Papaver somniferum - Opium : an extract from the sixth volume of the Dictionary of Economic Products of India
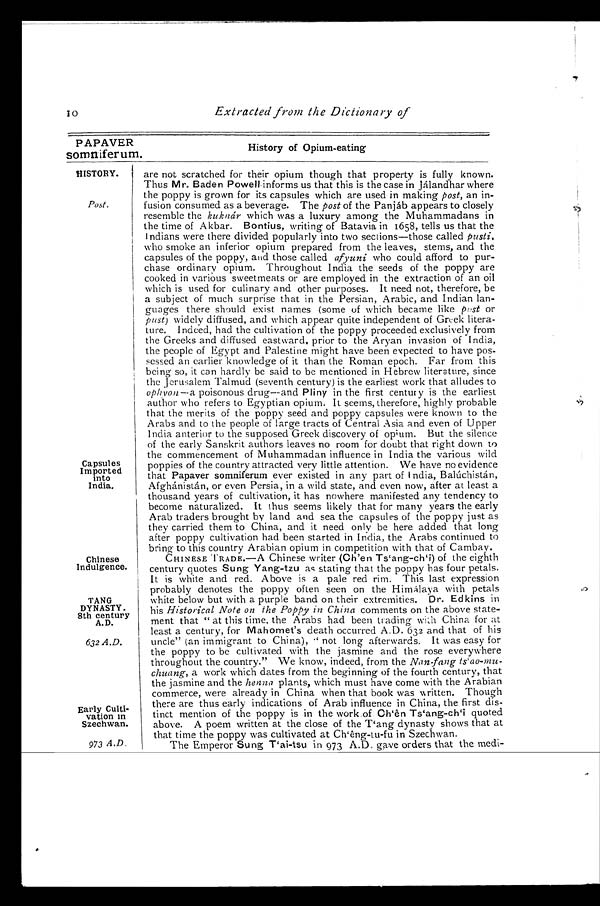
10
Extracted from the Dictionary of
PAPAVER
History of Opium-eating
somniferum.
HISTORY.
Post.
Capsules
Imported
into
India.
Chinese
Indulgence.
TANG
DYNASTY.
8th century
A. D.
632 A.D.
Early Culti-
vation in
Szechwan.
973 A.D .
are not scratched for their opium though that property is fully known.
Thus Mr. Baden Powell informs us that this is the case in Jálandhar where
the poppy is grown for its capsules which are used in making post, an in-
fusion consumed as a beverage. The post of the Panjáb appears to closely
resemble the kuknár which was a luxury among the Muhammadans in
the time of Akbar. Bontius, writing of Batavia in 1658, tells us that the
Indians were there divided popularly into two sections—those called pusti,
who smoke an inferior opium prepared from the leaves, stems, and the
capsules of the poppy, and those called afyuni who could afford to pur-
chase ordinary opium. Throughout India the seeds of the poppy are
cooked in various sweetmeats or are employed in the extraction of an oil
which is used for culinary and other purposes. It need not, therefore, be
a subject of much surprise that in the Persian, Arabic, and Indian lan-
guages there should exist names (some of which became like post or
pust) widely diffused, and which appear quite independent of Greek litera-
ture. Indeed, had the cultivation of the poppy proceeded exclusively from
the Greeks and diffused eastward, prior to the Aryan invasion of India,
the people of Egypt and Palestine might have been expected to have pos-
sessed an earlier knowledge of it than the Roman epoch. Far from this
being so, it can hardly be said to be mentioned in Hebrew literature, since
the Jerusalem Talmud (seventh century) is the earliest work that alludes to
ophyon--a poisonous drug--and Pliny in the first century is the earliest
author who refers to Egyptian opium. It seems, therefore, highly probable
that the merits of the poppy seed and poppy capsules were known to the
Arabs and to the people of large tracts of Central Asia and even of Upper
India anterior to the supposed Greek discovery of opium. But the silence
of the early Sanskrit authors leaves no room for doubt that right down to
the commencement of Muhammadan influence in India the various wild
poppies of the country attracted very little attention. We have no evidence
that Papaver somniferum ever existed in any part of India, Balúchistán,
Afghánistán, or even Persia, in a wild state, and even now, after at least a
thousand years of cultivation, it has nowhere manifested any tendency to
become naturalized. It thus seems likely that for many years the early
Arab traders brought by land and sea the capsules of the poppy just as
they carried them to China, and it need only be here added that long
after poppy cultivation had been started in India, the Arabs continued to
bring to this country Arabian opium in competition with that of Cambay.
CHINESE TRADE.—A Chinese writer (Ch'en Ts'ang-ch`i) of the eighth
century quotes Sung Yang-tzu as stating that the poppy has four petals.
It is white and red. Above is a pale red rim. This last expression
probably denotes the poppy often seen on the Himálaya with petals
white below but with a purple band on their extremities. Dr. Edkins in
his Historical Note on the Poppy in China comments on the above state-
ment that " at this time, the Arabs had been trading with China for at
least a century, for Mahomet's death occurred A.D. 632 and that of his
uncle" (an immigrant to China), not long afterwards. It was easy for
the poppy to be cultivated with the jasmine and the rose everywhere
throughout the country." -We know, indeed, from the Nan-fang ts'ao-mu-
chuang, a work which dates from the beginning of the fourth century, that
the jasmine and the henna plants, which must have come with the Arabian
commerce, were already in China when that book was written. Though
there are thus early indications of Arab influence in China, the first dis-
tinct mention of the poppy is in the work of Ch'ên Ts'ang-ch'i quoted
above. A poem written at the close of the T'ang dynasty shows that at
that time the poppy was cultivated at Ch'êng-tu-fu in Szechwan.
The Emperor Sung T'ai-tsu in 973 A.D. gave orders that the medi-